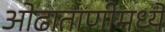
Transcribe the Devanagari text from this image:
ओढाताणीमध्ये